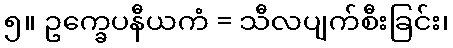
၅။ ဥက္ခေပနီယကံ = သီလပျက်စီးခြင်း၊